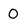
Character: 0